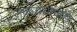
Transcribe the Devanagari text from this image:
लाळग्रंथीमध्ये